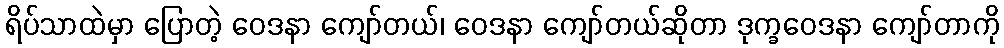
ရိပ်သာထဲမှာ ပြောတဲ့ ဝေဒနာ ကျော်တယ်၊ ဝေဒနာ ကျော်တယ်ဆိုတာ ဒုက္ခဝေဒနာ ကျော်တာကို